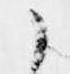
候